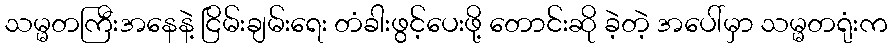
သမ္မတကြီးအနေနဲ့ ငြိမ်းချမ်းရေး တံခါးဖွင့်ပေးဖို့ တောင်းဆို ခဲ့တဲ့ အပေါ်မှာ သမ္မတရုံးက